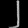
Digit: ၂